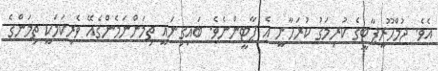
އެވެ. ޖުމްހޫރީޕާޓީގެ ކުރިމަގު ކުރަހާނީ އެ ޕާޓީންނެވެ. ބައިގިނައީ ތިމަންނަމެންގެއޭ ވެރިކަމަކީ ތިމަންގެ